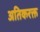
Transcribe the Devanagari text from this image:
अतिकरक्त